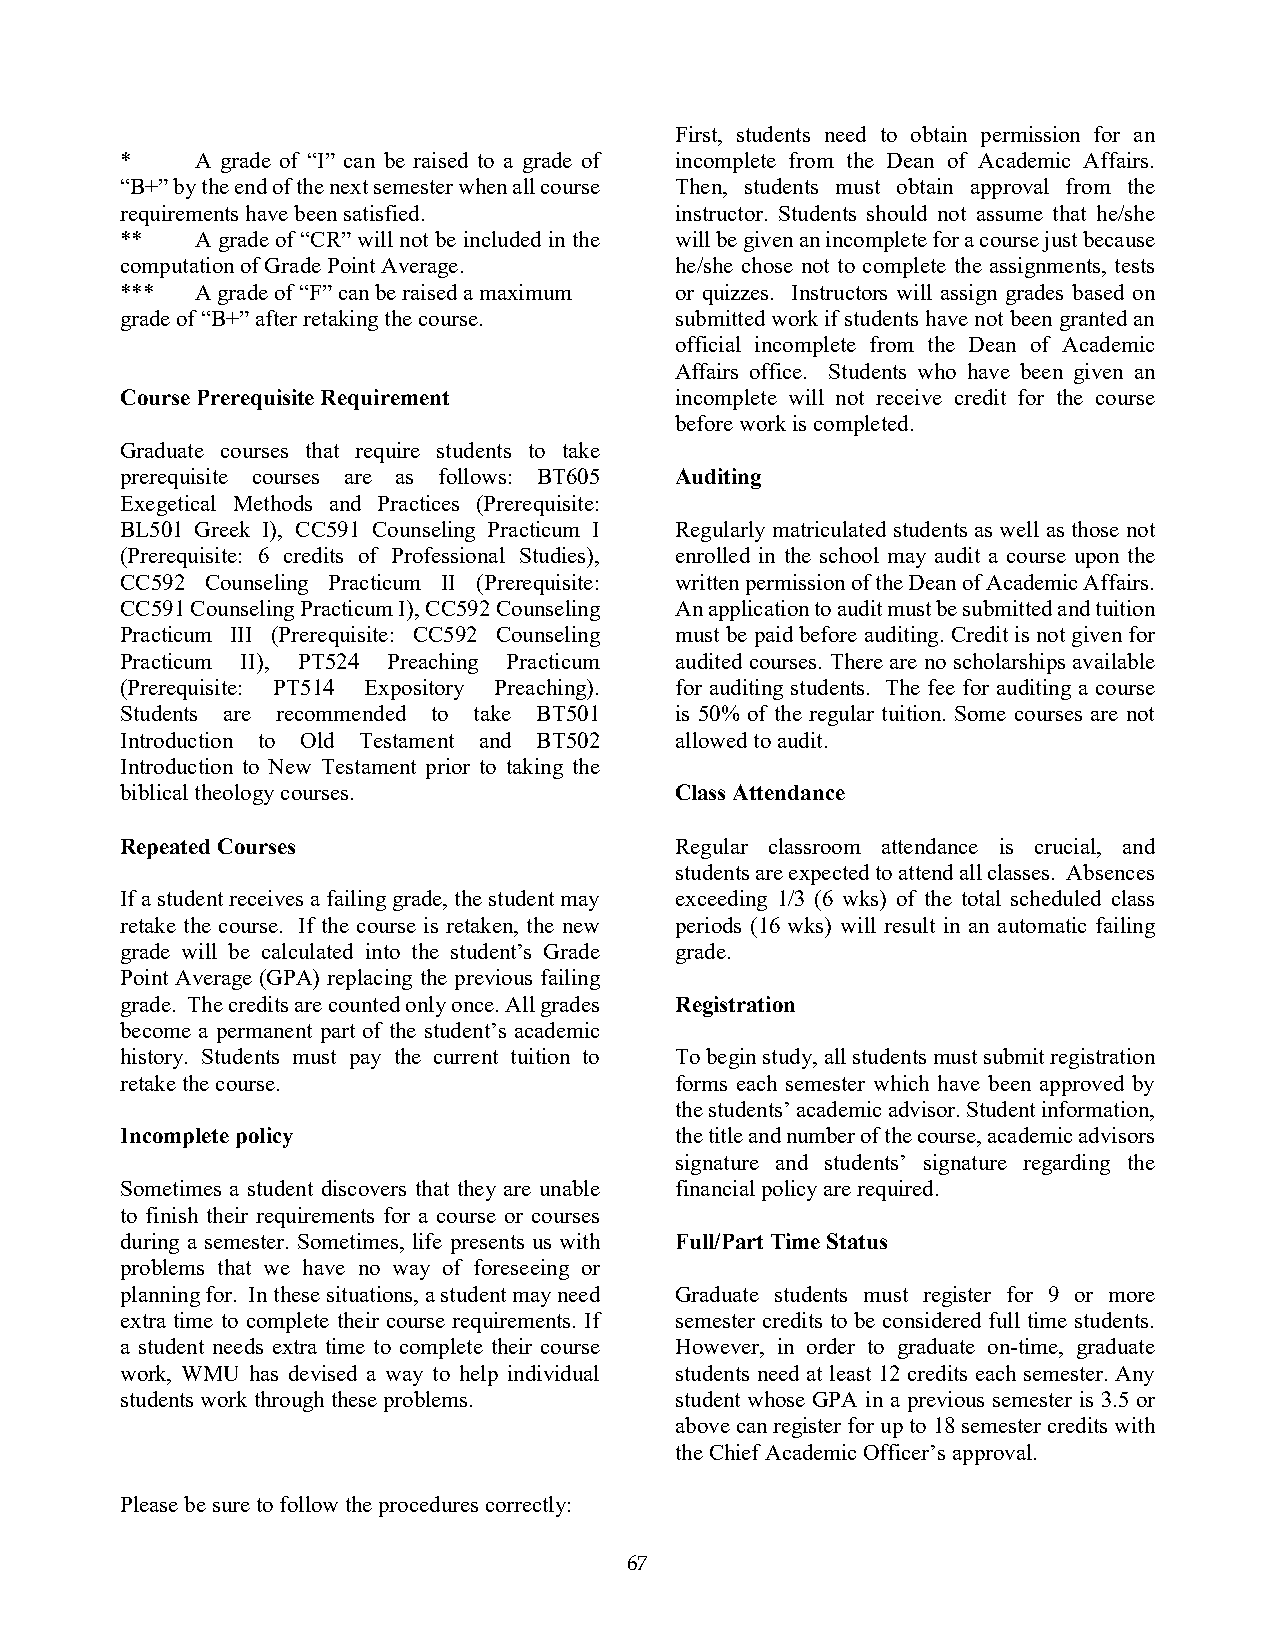
First, students need to obtain permission for an
 *    A grade of “I” can be raised to a grade of incomplete from the Dean of Academic Affairs.
 “B+” by the end of the next semester when all course Then, students must obtain approval from the
 requirements have been satisfied.    instructor. Students should not assume that he/she
 **   A grade of “CR” will not be included in the will be given an incomplete for a course just because
 computation of Grade Point Average.  he/she chose not to complete the assignments, tests
 ***  A grade of “F” can be raised a maximum or quizzes. Instructors will assign grades based on
 grade of “B+” after retaking the course. submitted work if students have not been granted an
 official incomplete from the Dean of Academic
 Affairs office. Students who have been given an
 Course Prerequisite Requirement      incomplete will not receive credit for the course
 before work is completed.
 Graduate courses that require students to take
 prerequisite courses are as follows: BT605 Auditing
 Exegetical Methods and Practices (Prerequisite:
 BL501 Greek I), CC591 Counseling Practicum I Regularly matriculated students as well as those not
 (Prerequisite: 6 credits of Professional Studies), enrolled in the school may audit a course upon the
 CC592 Counseling Practicum II (Prerequisite: written permission of the Dean of Academic Affairs.
 CC591 Counseling Practicum I), CC592 Counseling An application to audit must be submitted and tuition
 Practicum III (Prerequisite: CC592 Counseling must be paid before auditing. Credit is not given for
 Practicum II), PT524 Preaching Practicum audited courses. There are no scholarships available
 (Prerequisite: PT514 Expository Preaching). for auditing students. The fee for auditing a course
 Students are recommended to take BT501 is 50% of the regular tuition. Some courses are not
 Introduction to Old Testament and BT502 allowed to audit.
 Introduction to New Testament prior to taking the
 biblical theology courses.           Class Attendance
 Repeated Courses                     Regular classroom attendance is crucial, and
 students are expected to attend all classes. Absences
 If a student receives a failing grade, the student may exceeding 1/3 (6 wks) of the total scheduled class
 retake the course. If the course is retaken, the new periods (16 wks) will result in an automatic failing
 grade will be calculated into the student’s Grade grade.
 Point Average (GPA) replacing the previous failing
 grade. The credits are counted only once. All grades Registration
 become a permanent part of the student’s academic
 history. Students must pay the current tuition to To begin study, all students must submit registration
 retake the course.                   forms each semester which have been approved by
 the students’ academic advisor. Student information,
 Incomplete policy                    the title and number of the course, academic advisors
 signature and students’ signature regarding the
 Sometimes a student discovers that they are unable financial policy are required.
 to finish their requirements for a course or courses
 during a semester. Sometimes, life presents us with Full/Part Time Status
 problems that we have no way of foreseeing or
 planning for. In these situations, a student may need Graduate students must register for 9 or more
 extra time to complete their course requirements. If semester credits to be considered full time students.
 a student needs extra time to complete their course However, in order to graduate on-time, graduate
 work, WMU has devised a way to help individual students need at least 12 credits each semester. Any
 students work through these problems. student whose GPA in a previous semester is 3.5 or
 above can register for up to 18 semester credits with
 the Chief Academic Officer’s approval.
 Please be sure to follow the procedures correctly:
 67